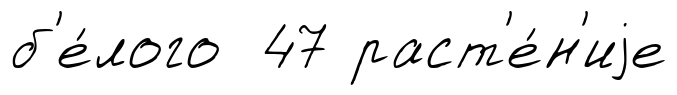
б'е́лого 47 раст'е́н'иjе